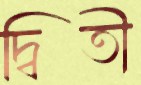
দ্বিতী